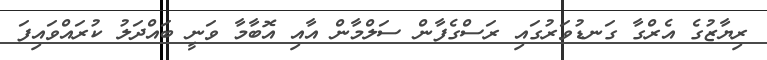
ރިޔާޒުގެ އެރްގާ ގަނޑުވަރުގައި ރަސްގެފާން ސަލްމާން އާއި އޮބާމާ ވަނީ ބައްދަލު ކުރައްވައިފަ